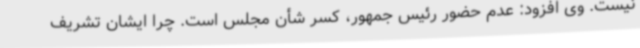
نیست. وی افزود: عدم حضور رئیس جمهور، کسر شأن مجلس است. چرا ایشان تشریف